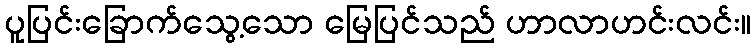
ပူပြင်းခြောက်သွေ့သော မြေပြင်သည် ဟာလာဟင်းလင်း။